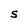
Character: S